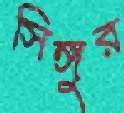
সিঙ্গুর